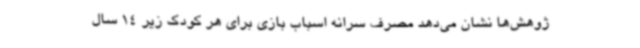
ژوهش‌ها نشان می‌دهد مصرف سرانه اسباب بازی برای هر کودک زیر 14 سال